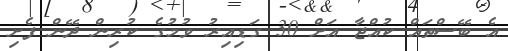
އެ ބޭސްތައް ކުއްޖާ އަށް 30 ގަޑިއިރު ވުމުގެ ކުރިން ދޭން ފެށި